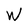
Character: W